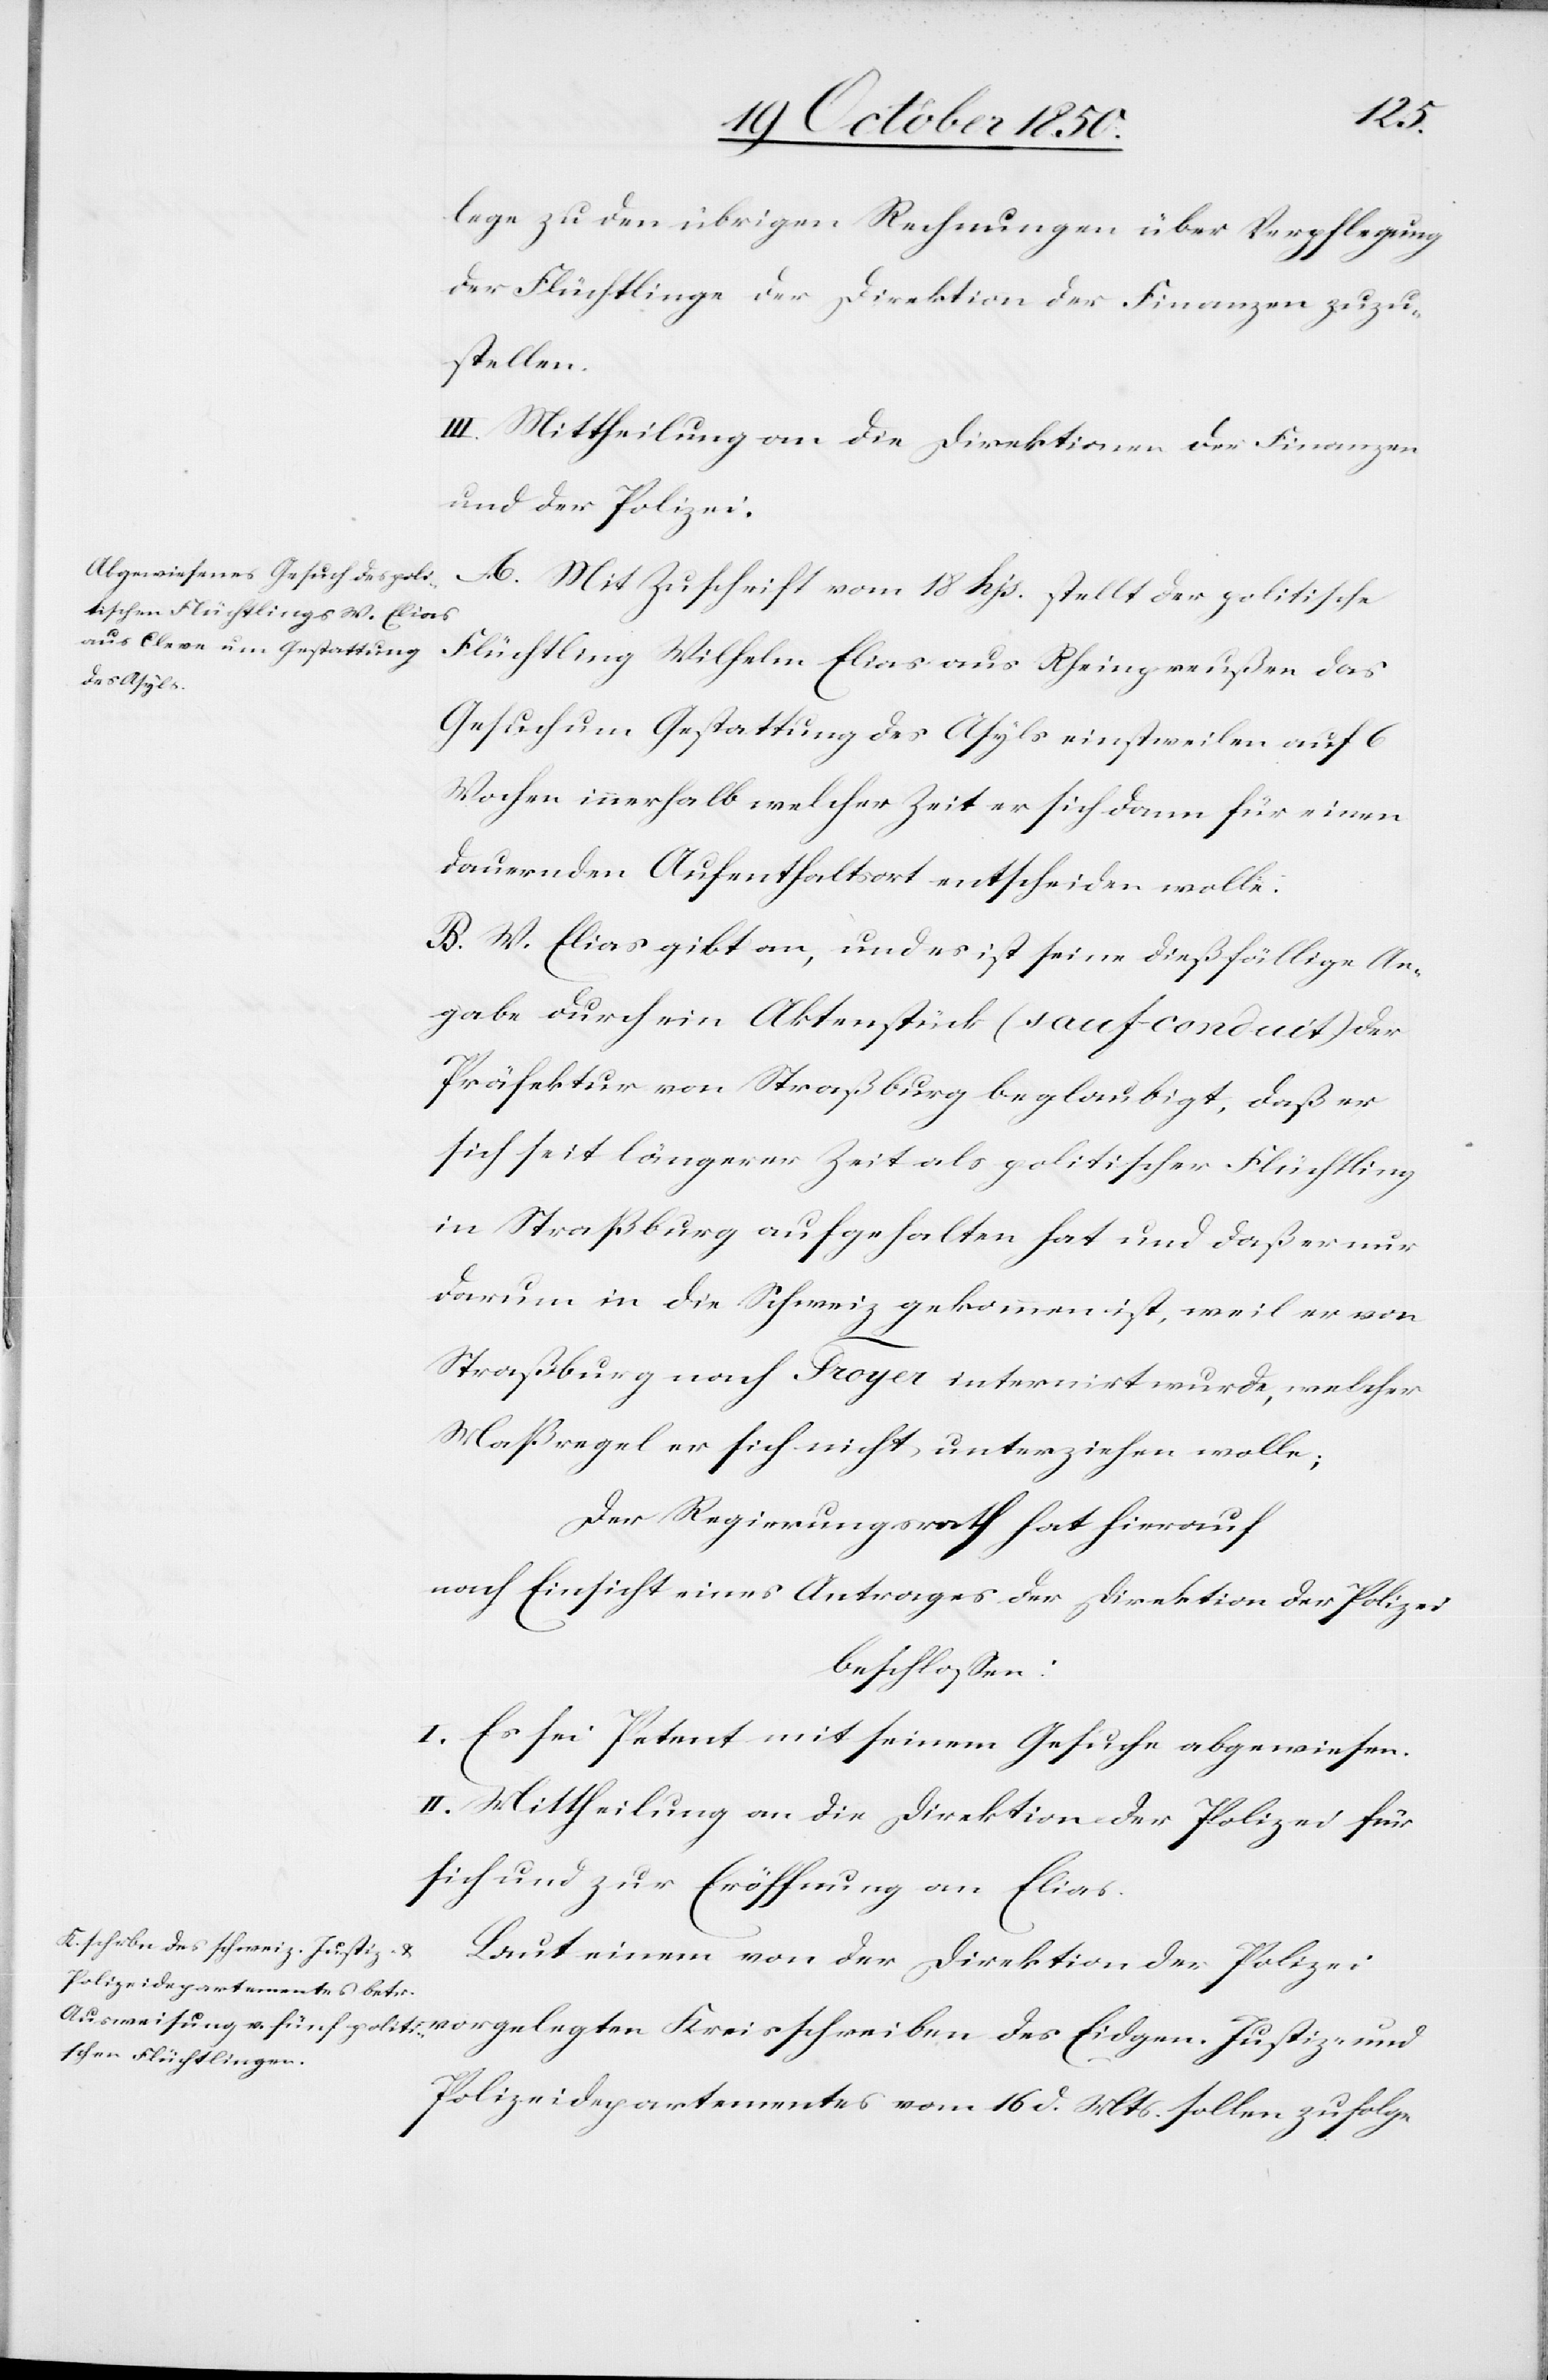
lege zu den übrigen Rechnungen über Verpflegung
der Flüchtlinge der Direktion der Finanzen zuzu¬
stellen.
A. Mit Zuschrift vom 18 hjs. stellt der politische
Flüchtling Wilhelm Elias aus Rheinpreußen das
des Eidgen.
Gesuch um Gestattung des Asyls einstweilen auf 6
Wochen innerhalb welcher Zeit er sich dann für einen
dauernden Aufenthaltsort entscheiden wolle.
B. W. Elias gibt an, und es ist seine dießfällige An¬
gabe durch ein Aktenstück (sauf conduit) der
Präfektur von Straßburg beglaubigt, daß er
sich seit längerer Zeit als politischer Flüchtling
in Straßburg aufgehalten hat und daß er nur
darum in die Schweiz gekommen ist, weil er von
Straßburg nach Froyer internirt wurde, welcher
Maßregel er sich nicht unterziehen wolle;
Der Regierungsrath hat hierauf
nach Einsicht eines Antrages der Direktion der Polizei
beschlossen:
I. Es sei Petent mit seinem Gesuche abgewiesen.
II. Mittheilung an die Direktion der Polizei für
sich und zur Eröffnung an Elias.
Laut einem von der Direktion der Polizei
Polizeidepartementes vom 16 d. Mts. sollen zufolge